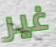
غير